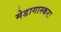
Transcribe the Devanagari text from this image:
मेडागास्करः